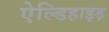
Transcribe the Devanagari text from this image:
ऐल्डिहाइड़